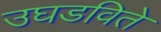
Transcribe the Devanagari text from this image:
उघडविते